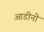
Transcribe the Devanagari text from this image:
आडीनो